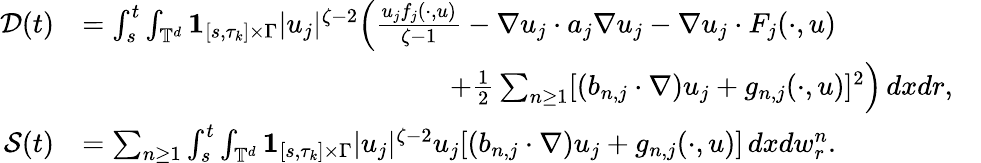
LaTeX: \begin{array}{rlr}{\mathcal{D}(t)}&{=\int_{s}^{t}\int_{{\mathbb T}^{d}}{{\mathbf 1}}_{[s,\tau_{k}]\times\Gamma}|u_{j}|^{\zeta-2}\Big(\frac{u_{j}f_{j}(\cdot,u)}{\zeta-1}-\nabla u_{j}\cdot a_{j}\nabla u_{j}-\nabla u_{j}\cdot F_{j}(\cdot,u)}\\ &{\qquad\qquad\qquad\qquad\qquad\qquad\quad+\frac 12\sum_{n\geq 1}[(b_{n,j}\cdot\nabla)u_{j}+g_{n,j}(\cdot,u)]^{2}\Big)\, dxdr,}&\\ {\mathcal{S}(t)}&{=\sum_{n\geq 1}\int_{s}^{t}\int_{{\mathbb T}^{d}}{{\mathbf 1}}_{[s,\tau_{k}]\times\Gamma}|u_{j}|^{\zeta-2}u_{j}[(b_{n,j}\cdot\nabla)u_{j}+g_{n,j}(\cdot,u)]\, dxdw_{r}^{n}.}\end{array}